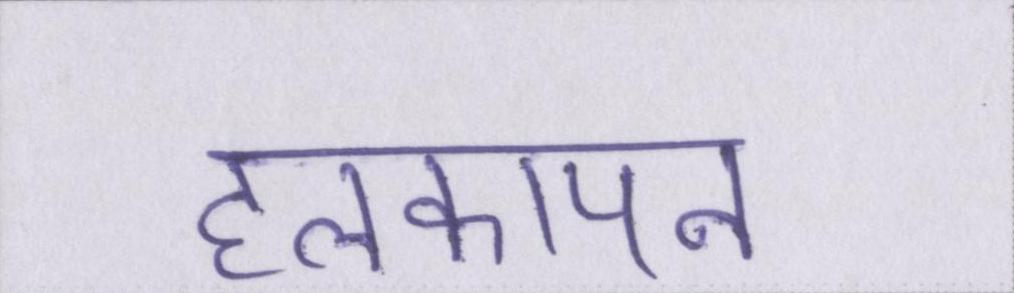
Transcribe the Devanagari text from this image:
हलकापन